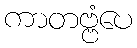
ကာတဗ္ဗံပေ